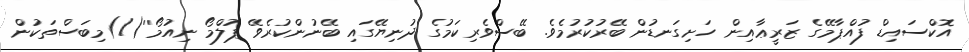
އޮކްސައިޑް ފުއްޕާމޭގެ ޒަރީޢާއިން ހަށިގަނޑުން ބޭރުކުރުމެވެ. ބޭސްވެރިކަމުގެ ދުނިޔޭގައި ބޭނުންކުރެވޭ ޕުލްމޯ ނިއުމޯ''(/)މިބަސްތަކުން